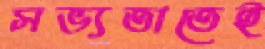
সভ্যতাতেই